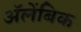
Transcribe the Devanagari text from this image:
अॅलेंबिक